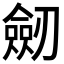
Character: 劒